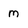
Character: m